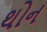
થોન